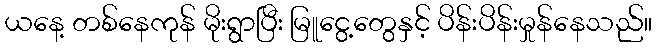
ယနေ့ တစ်နေကုန် မိုးရွာပြီး မြူငွေ့တွေနှင့် ပိန်းပိန်းမှုန်နေသည်။